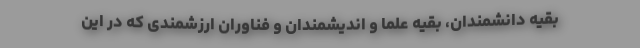
بقیه دانشمندان، بقیه علما و اندیشمندان و فناوران ارزشمندی که در این